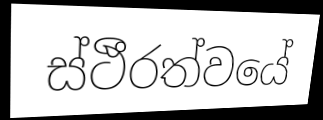
ස්ථීරත්වයේ